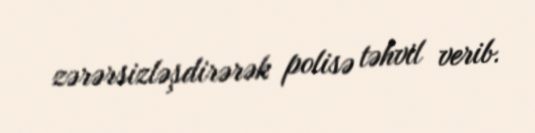
zərərsizləşdirərək polisə təhvil verib.